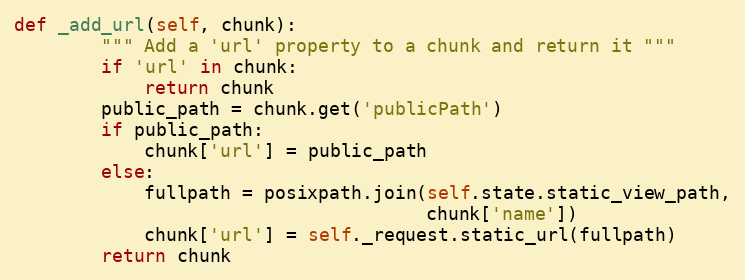
Language: Python
def _add_url(self, chunk):
        """ Add a 'url' property to a chunk and return it """
        if 'url' in chunk:
            return chunk
        public_path = chunk.get('publicPath')
        if public_path:
            chunk['url'] = public_path
        else:
            fullpath = posixpath.join(self.state.static_view_path,
                                      chunk['name'])
            chunk['url'] = self._request.static_url(fullpath)
        return chunk